Vaccination in Bombay 1869-1873 - 1869-1873
Year: 1869
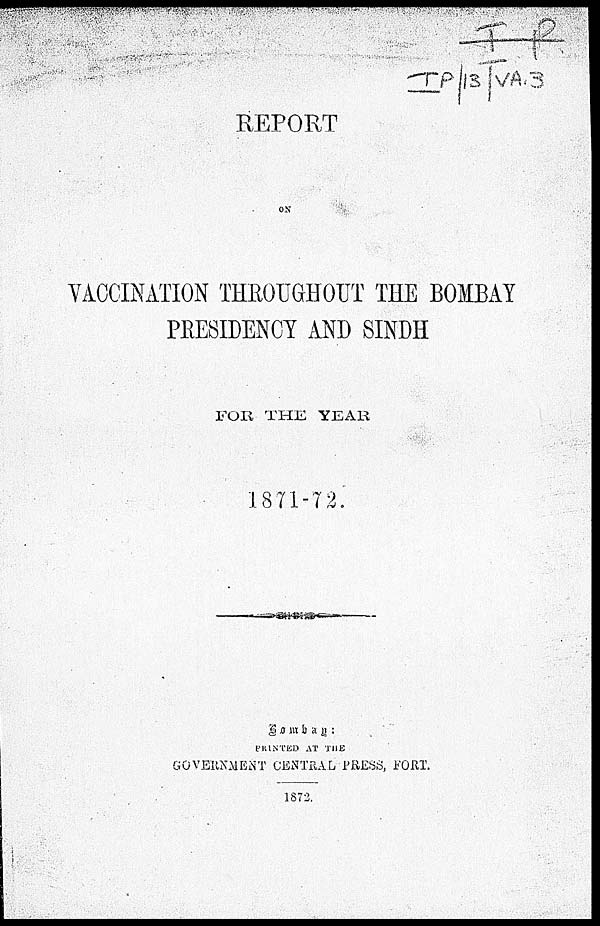
REPORT
ON
VACCINATION THROUGHOUT THE BOMBAY
PRESIDENCY AND SINDH
FOR THE YEAR
1871-72.
Bombay
:
PRINTED AT THE
GOVERNMENT CENTRAL PRESS, FORT.
1872.